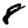
Digit: 8